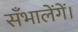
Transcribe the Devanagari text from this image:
सँभालेंगें।